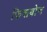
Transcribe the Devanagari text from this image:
फिशबोन